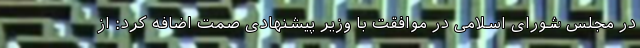
در مجلس شورای اسلامی در موافقت با وزیر پیشنهادی صمت اضافه کرد: از